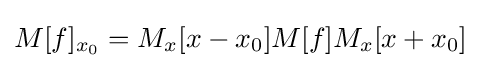
M[f]_{x_{0}}=M_{x}[x-x_{0}]M[f]M_{x}[x+x_{0}]